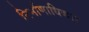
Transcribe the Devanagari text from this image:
निर्माणाधिकार